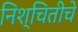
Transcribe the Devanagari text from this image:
निश्चितीचे